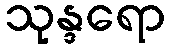
သုန္ဒရော